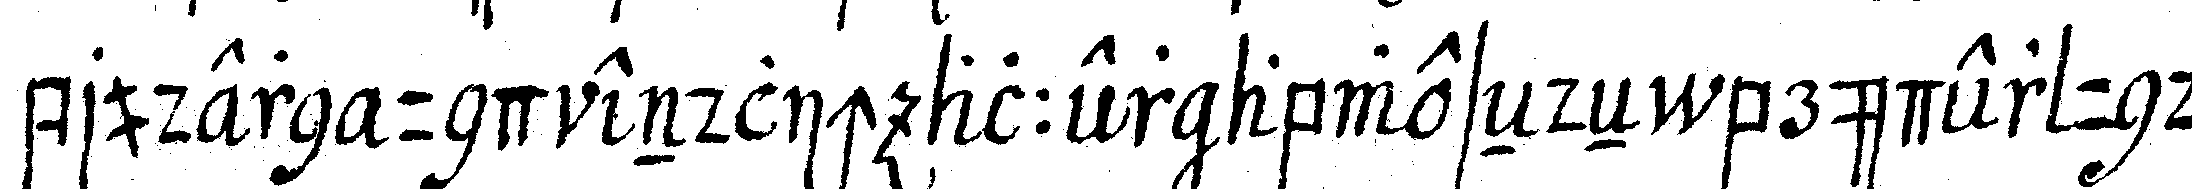
brudern und endlich aller abweseNdeN brüder und